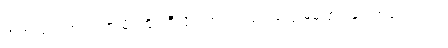
ဘုရားရေ၊ ကျားသားမိုးကြိုး၊ ဒီလို မဟုတ်တရုတ်တွေ မပြောပါနှင့် ကလေးရယ်၊